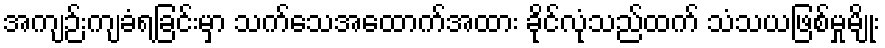
အကျဉ်းကျခံရခြင်းမှာ သက်သေအထောက်အထား ခိုင်လုံသည်ထက် သံသယဖြစ်မှုမျိုး